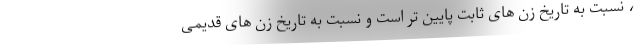
، نسبت به تاریخ زن های ثابت پایین تر است و نسبت به تاریخ زن های قدیمی